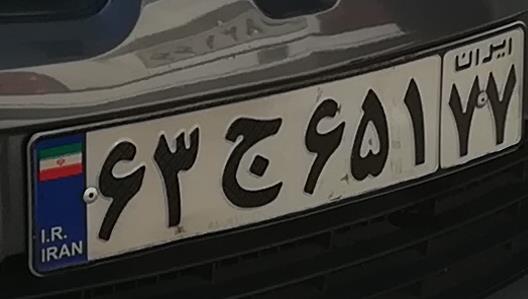
۶۳ج۶۵۱۷۷